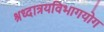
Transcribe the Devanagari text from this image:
श्रध्दात्रयविभागयोग